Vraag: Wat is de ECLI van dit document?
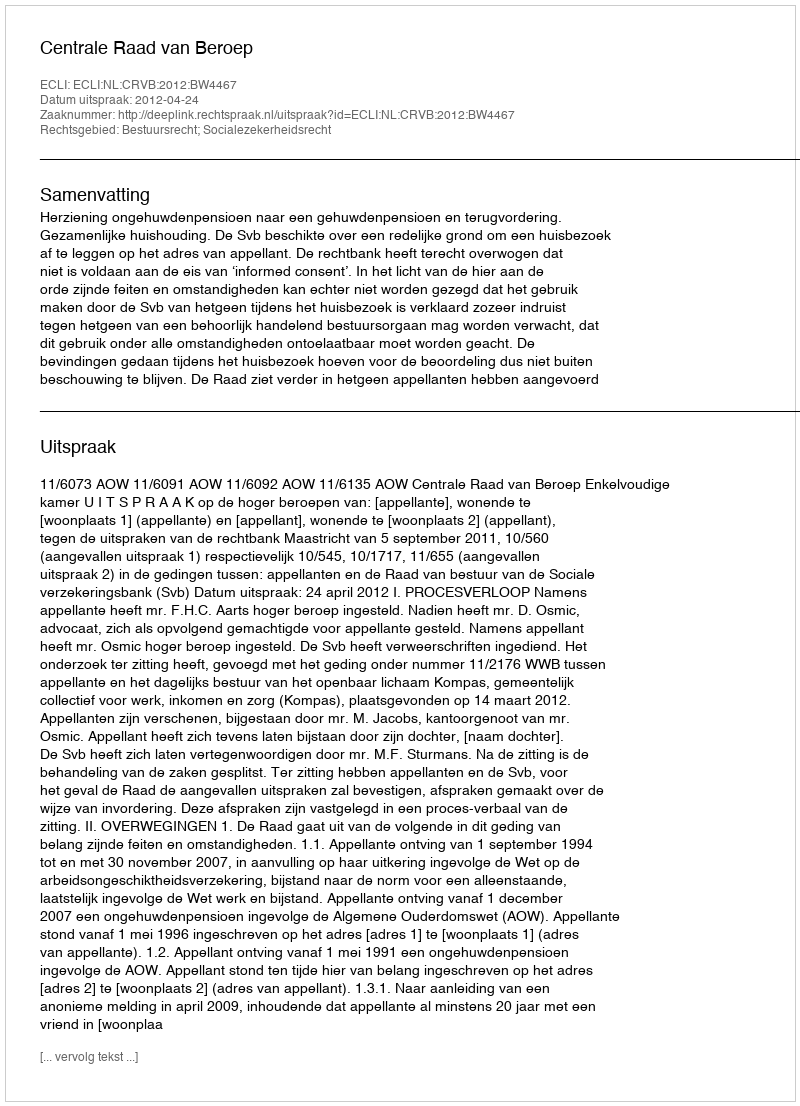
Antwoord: ECLI:NL:CRVB:2012:BW4467